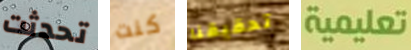
تحدثت كنت تحقيقنا تعليمية